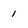
Character: 1